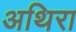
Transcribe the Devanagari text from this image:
अथिरा